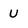
Character: U